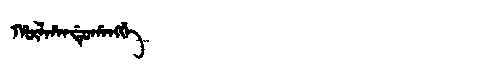
Manchu: ᡥᡡᠯᡥᠠᠨᡩᡠᡥᠠᠩᡤᡝ
Romanization: HŪLHANDUHANGGE